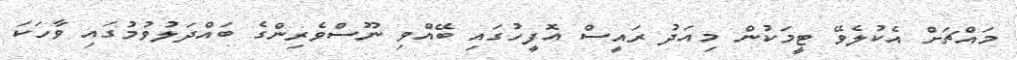
މައްޗަށް އެކުލެވޭ ޓީމަކުން މިއަދު ރައީސް އޮފީހުގައި ބޭއްވި ނޫސްވެރިންގެ ބައްދަލުވުމުގައި ވާހަކަ